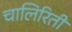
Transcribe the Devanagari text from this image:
चालिरिती